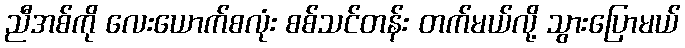
ညီအစ်ကို လေးယောက်စလုံး စစ်သင်တန်း တက်မယ်လို့ သွားပြောမယ်